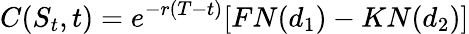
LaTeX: C(S_{t},t)=e^{-r(T-t)}[FN(d_{1})-KN(d_{2})]